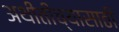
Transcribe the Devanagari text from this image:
अथीतींच्यासाठी